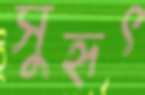
সুহৃৎ